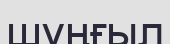
шұңғыл